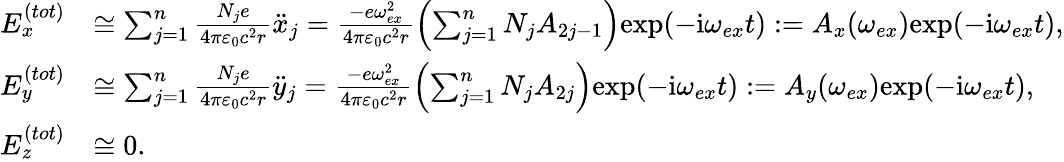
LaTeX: \begin{array}{rl}{E_{x}^{(tot)}}&{\cong\sum_{j=1}^{n}\frac{N_{j}e}{4\pi\varepsilon_{0}c^{2}r}\ddot{x}_{j}=\frac{-e\omega_{ex}^{2}}{4\pi\varepsilon_{0}c^{2}r}\left(\sum_{j=1}^{n}N_{j}A_{2j-1}\right)\mathrm{exp}(-\mathrm{i}\omega_{ex}t):=A_{x}(\omega_{ex})\mathrm{exp}(-\mathrm{i}\omega_{ex}t),}\\ {E_{y}^{(tot)}}&{\cong\sum_{j=1}^{n}\frac{N_{j}e}{4\pi\varepsilon_{0}c^{2}r}\ddot{y}_{j}=\frac{-e\omega_{ex}^{2}}{4\pi\varepsilon_{0}c^{2}r}\left(\sum_{j=1}^{n}N_{j}A_{2j}\right)\mathrm{exp}(-\mathrm{i}\omega_{ex}t):=A_{y}(\omega_{ex})\mathrm{exp}(-\mathrm{i}\omega_{ex}t),}\\ {E_{z}^{(tot)}}&{\cong 0.}\end{array}